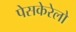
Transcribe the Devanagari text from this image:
पेसकेरेलो